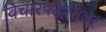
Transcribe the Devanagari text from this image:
विचारपद्धतिवर